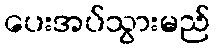
ပေးအပ်သွားမည်